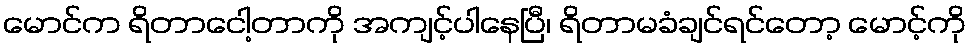
မောင်က ရိတာငေါ့တာကို အကျင့်ပါနေပြီ၊ ရိတာမခံချင်ရင်တော့ မောင့်ကို